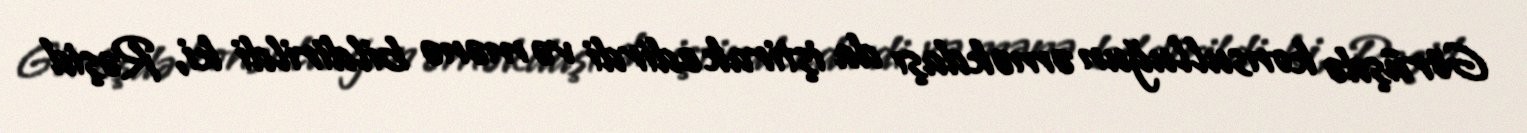
Görüşdə konsulluğun əməkdaşı da iştirak edirdi və mənə bildirildi ki, Rəşid